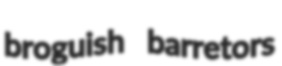
broguish barretors